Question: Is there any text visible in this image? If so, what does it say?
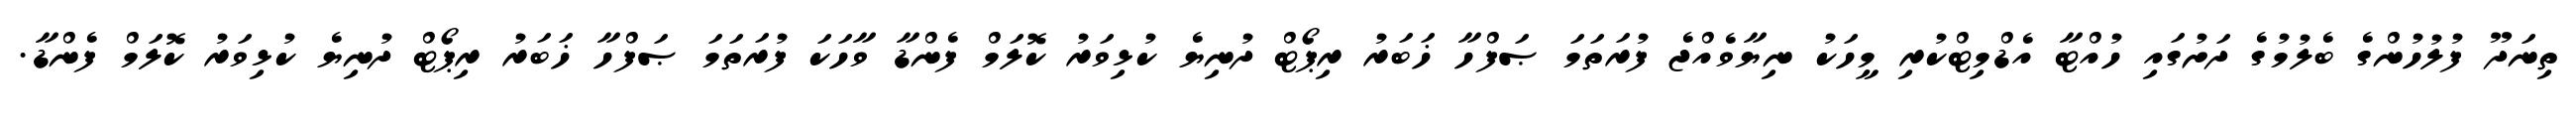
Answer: ތިނަދޫ ފުލުހުންގެ ބެލުމުގެ ދަށުގައި ހުއްޓާ އެޑްމިޓްކުރި މީހަކު ނިޔާވެއްޖެ ފުރަތަމަ ޞަފްހާ ޚަބަރު ރިޕޯޓް ދުނިޔެ ކުޅިވަރު ކޮލަމް ފެންޑާ ވާހަކަ ފުރަތަމަ ޞަފްހާ ޚަބަރު ރިޕޯޓް ދުނިޔެ ކުޅިވަރު ކޮލަމް ފެންޑާ.